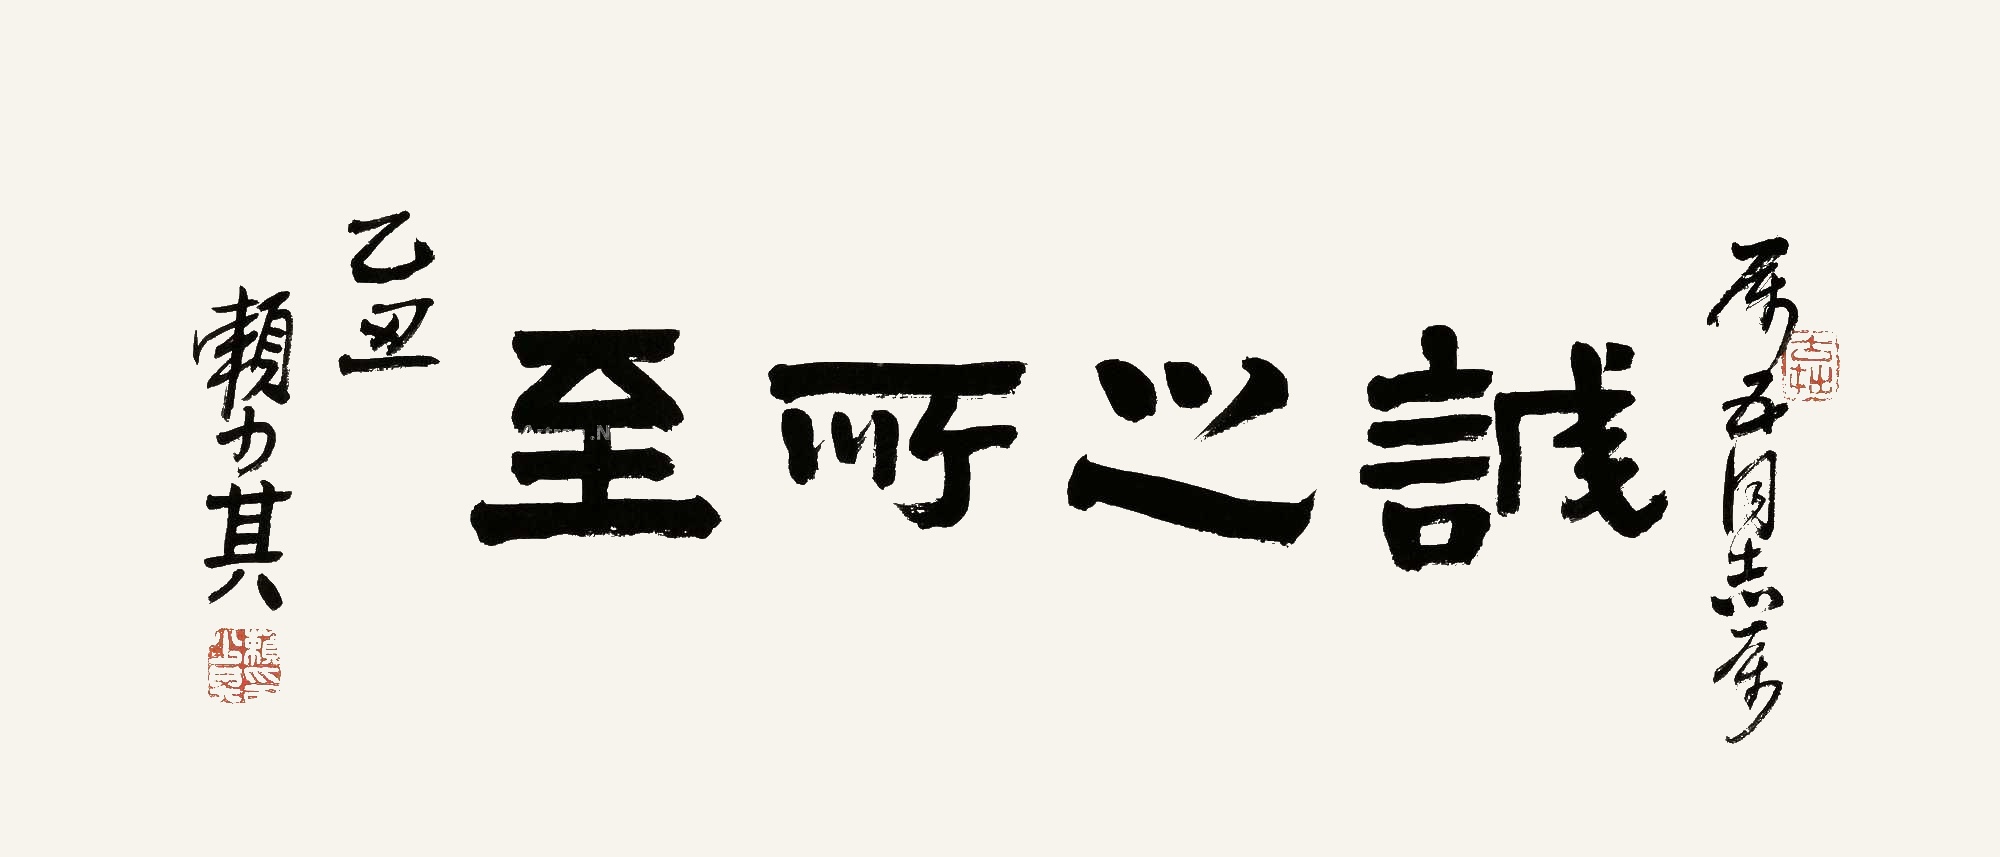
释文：诚之所至历五同志属，乙丑赖少其。